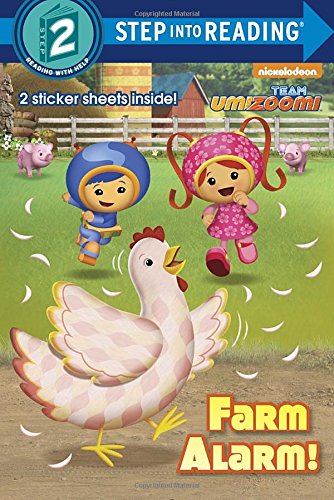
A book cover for Farm Alarm! (Team Umizoomi) (Step into Reading); Random House; Children's Books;